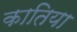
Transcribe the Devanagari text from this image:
कातिया